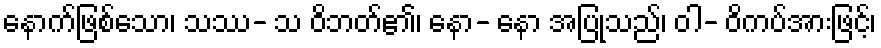
နောက်ဖြစ်သော၊ သဿ- သ ဝိဘတ်၏၊ နော- နော အပြုသည်၊ ဝါ- ဝိကပ်အားဖြင့်၊